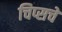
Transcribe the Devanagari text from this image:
चिप्सचे